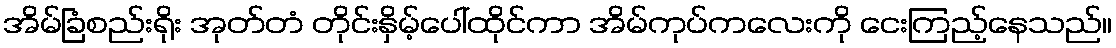
အိမ်ခြံစည်းရိုး အုတ်တံ တိုင်းနှိမ့်ပေါ်ထိုင်ကာ အိမ်ကုပ်ကလေးကို ငေးကြည့်နေသည်။